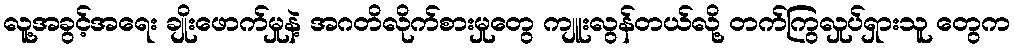
လူ့အခွင့်အရေး ချိုးဖောက်မှုနဲ့ အဂတိလိုက်စားမှုတွေ ကျူးလွန်တယ်လို့ တက်ကြွလှုပ်ရှားသူ တွေက